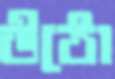
উঠো